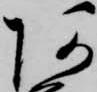
阿